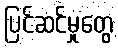
ပြင်ဆင်မှုတွေ